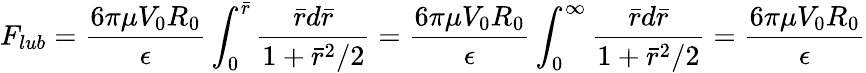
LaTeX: F_{lub}=\frac{6{\pi}{\mu}V_{0}R_{0}}{\epsilon}\int_{0}^{\bar{r}}\frac{\bar{r}d\bar{r}}{1+\bar{r}^{2}/2}=\frac{6{\pi}{\mu}V_{0}R_{0}}{\epsilon}\int_{0}^{\infty}\frac{\bar{r}d\bar{r}}{1+\bar{r}^{2}/2}=\frac{6{\pi}{\mu}V_{0}R_{0}}{\epsilon}